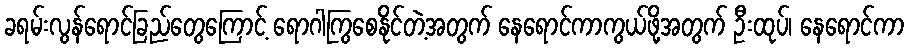
ခရမ်းလွန်ရောင်ခြည်တွေကြောင့် ရောဂါကြွစေနိုင်တဲ့အတွက် နေရောင်ကာကွယ်ဖို့အတွက် ဦးထုပ်၊ နေရောင်ကာ